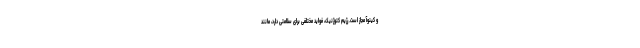
و کینوآ مجاز است. رژیم کتوژنیک، فواید مختلفی برای سلامتی دارد، مانند